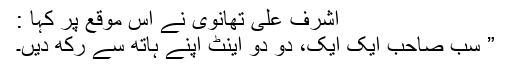
اشرف علی تھانوی نے اس موقع پر کہا :
” سب صاحب ایک ایک، دو دو اینٹ اپنے ہاتھ سے رکھ دیں۔